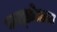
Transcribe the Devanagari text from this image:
कत्थ्रोअत